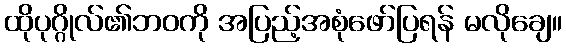
ထိုပုဂ္ဂိုလ်၏ဘဝကို အပြည့်အစုံဖော်ပြရန် မလိုချေ။